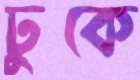
ঢুকে